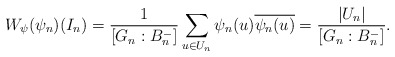
\begin{align*} W_{\psi}(\psi_n)(I_n)=\frac{1}{[G_n:B_{n}^{-}]}\sum_{u\in U_n}\psi_n(u)\overline{\psi_n(u)}=\frac{|U_n|}{[G_n:B_{n}^{-}]}.\end{align*}